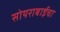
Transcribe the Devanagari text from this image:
सोयराबाईचा